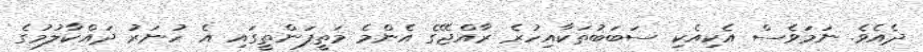
ދެއެވެ. ނަމަވެސް އެކިއެކި ސަބަބުތަކާއިހުރެ ރާއްޖޭގެ އެންމެ މަތީފަންތީގައި އެ ހުނަރު ދައްކާލުމުގެ